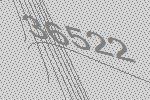
36522